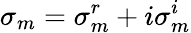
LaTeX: \sigma_{m}=\sigma_{m}^{r}+i\sigma_{m}^{i}